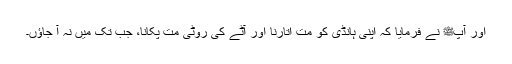
اور آپﷺ نے فرمایا کہ اپنی ہانڈی کو مت اتارنا اور آٹے کی روٹی مت پکانا، جب تک میں نہ آ جاؤں۔